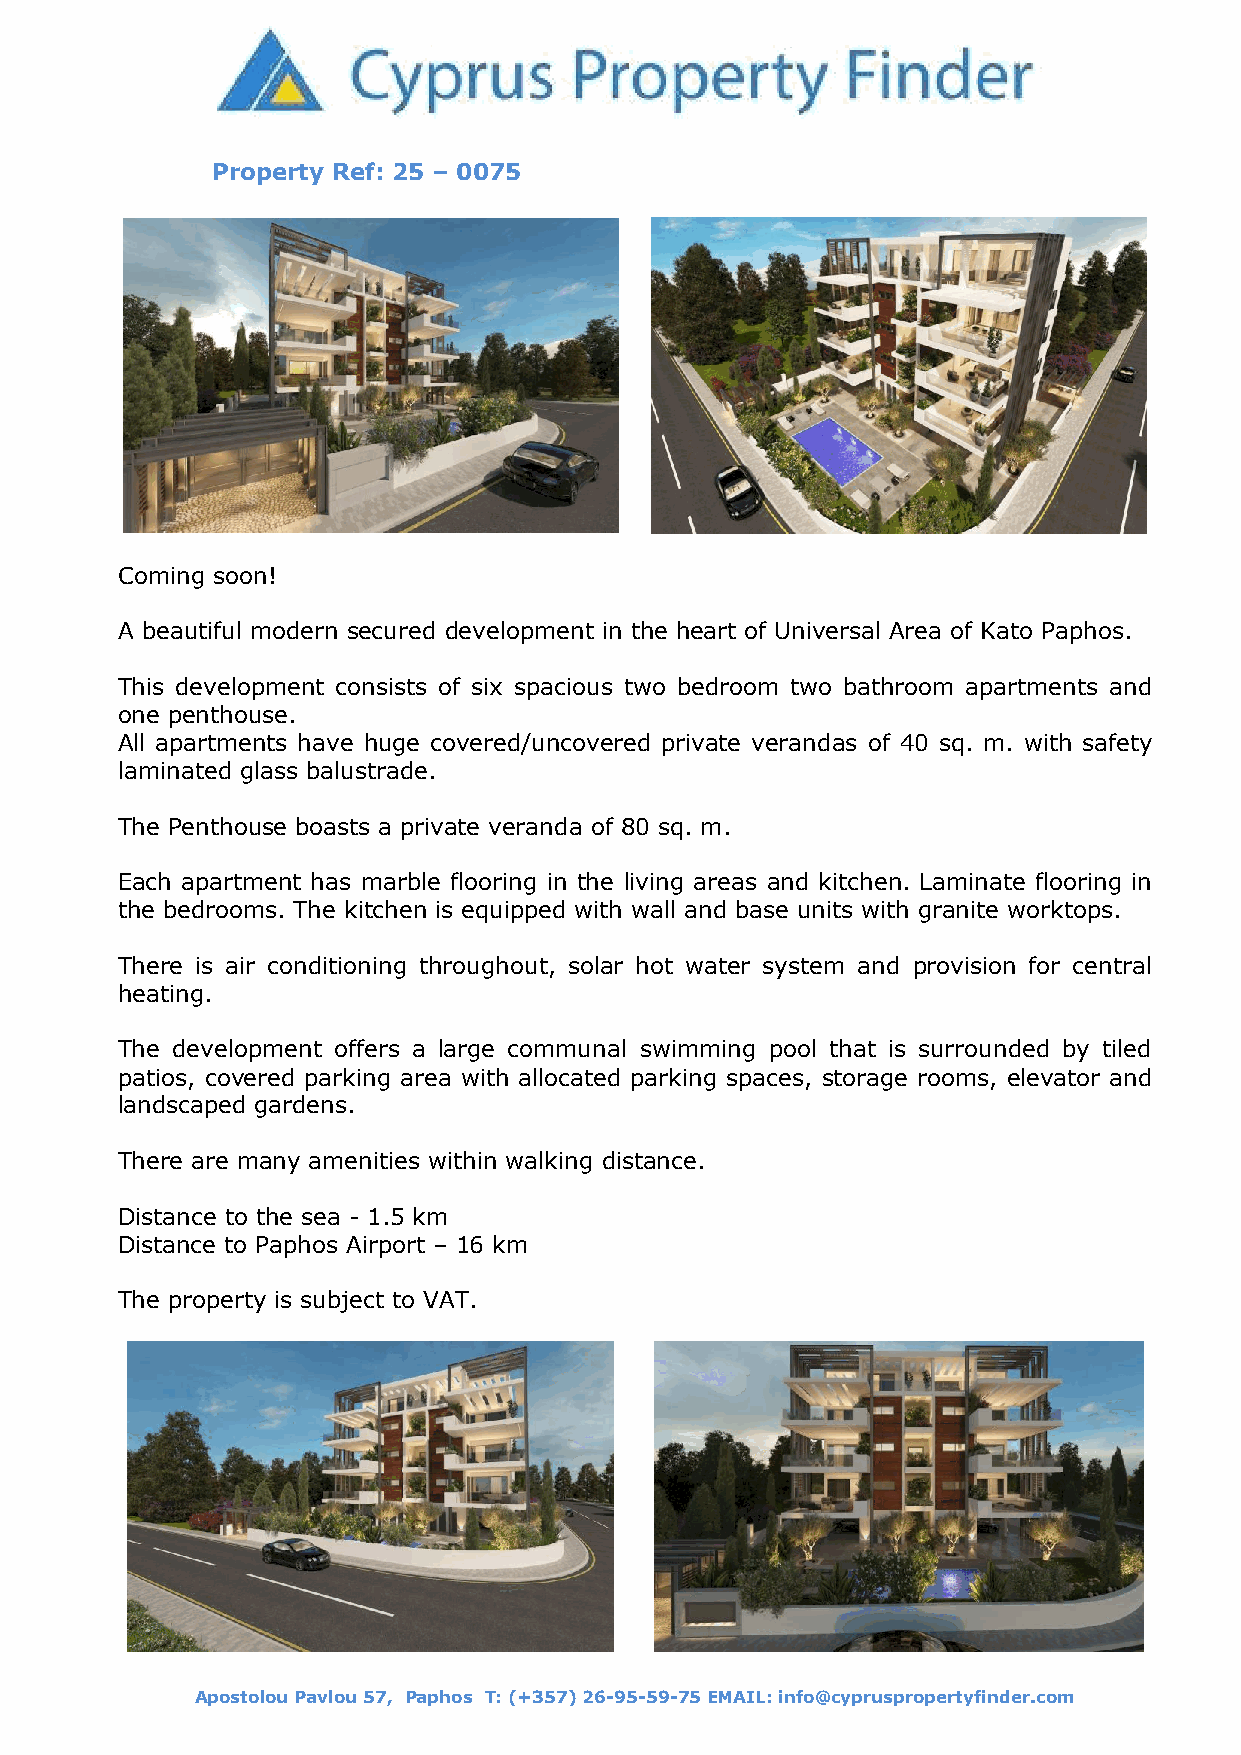
Property Ref: 25 – 0075
 Coming soon!
 A beautiful modern secured development in the heart of Universal Area of Kato Paphos.
 This development consists of six spacious two bedroom two bathroom apartments and
 one penthouse.
 All apartments have huge covered/uncovered private verandas of 40 sq. m. with safety
 laminated glass balustrade.
 The Penthouse boasts a private veranda of 80 sq. m.
 Each apartment has marble flooring in the living areas and kitchen. Laminate flooring in
 the bedrooms. The kitchen is equipped with wall and base units with granite worktops.
 There is air conditioning throughout, solar hot water system and provision for central
 heating.
 The development offers a large communal swimming pool that is surrounded by tiled
 patios, covered parking area with allocated parking spaces, storage rooms, elevator and
 landscaped gardens.
 There are many amenities within walking distance.
 Distance to the sea - 1.5 km
 Distance to Paphos Airport – 16 km
 The property is subject to VAT.
 Apostolou Pavlou 57, Paphos T: (+357) 26-95-59-75 EMAIL: info@cypruspropertyfinder.com